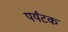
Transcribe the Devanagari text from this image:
पर्यंटक